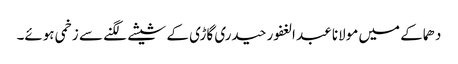
دھماکے میں مولانا عبد الغفور حیدری گاڑی کے شیشے لگنے سے زخمی ہوئے۔